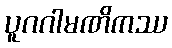
ပူဂဂါမဏိကဿ